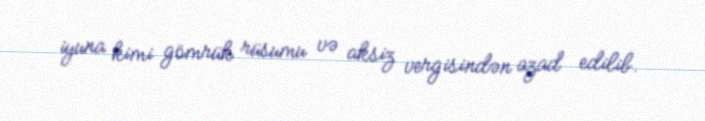
iyuna kimi gömrük rüsumu və aksiz vergisindən azad edilib.